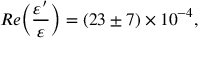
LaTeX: R e \biggl ( \frac { \varepsilon ^ { \prime } } { \varepsilon } \biggr ) = ( 2 3 \pm 7 ) \times 1 0 ^ { - 4 } , \, \, \, \, \, \,